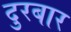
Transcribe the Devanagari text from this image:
दुरबार